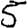
Digit: 5